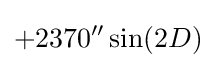
+2370''\sin(2D)